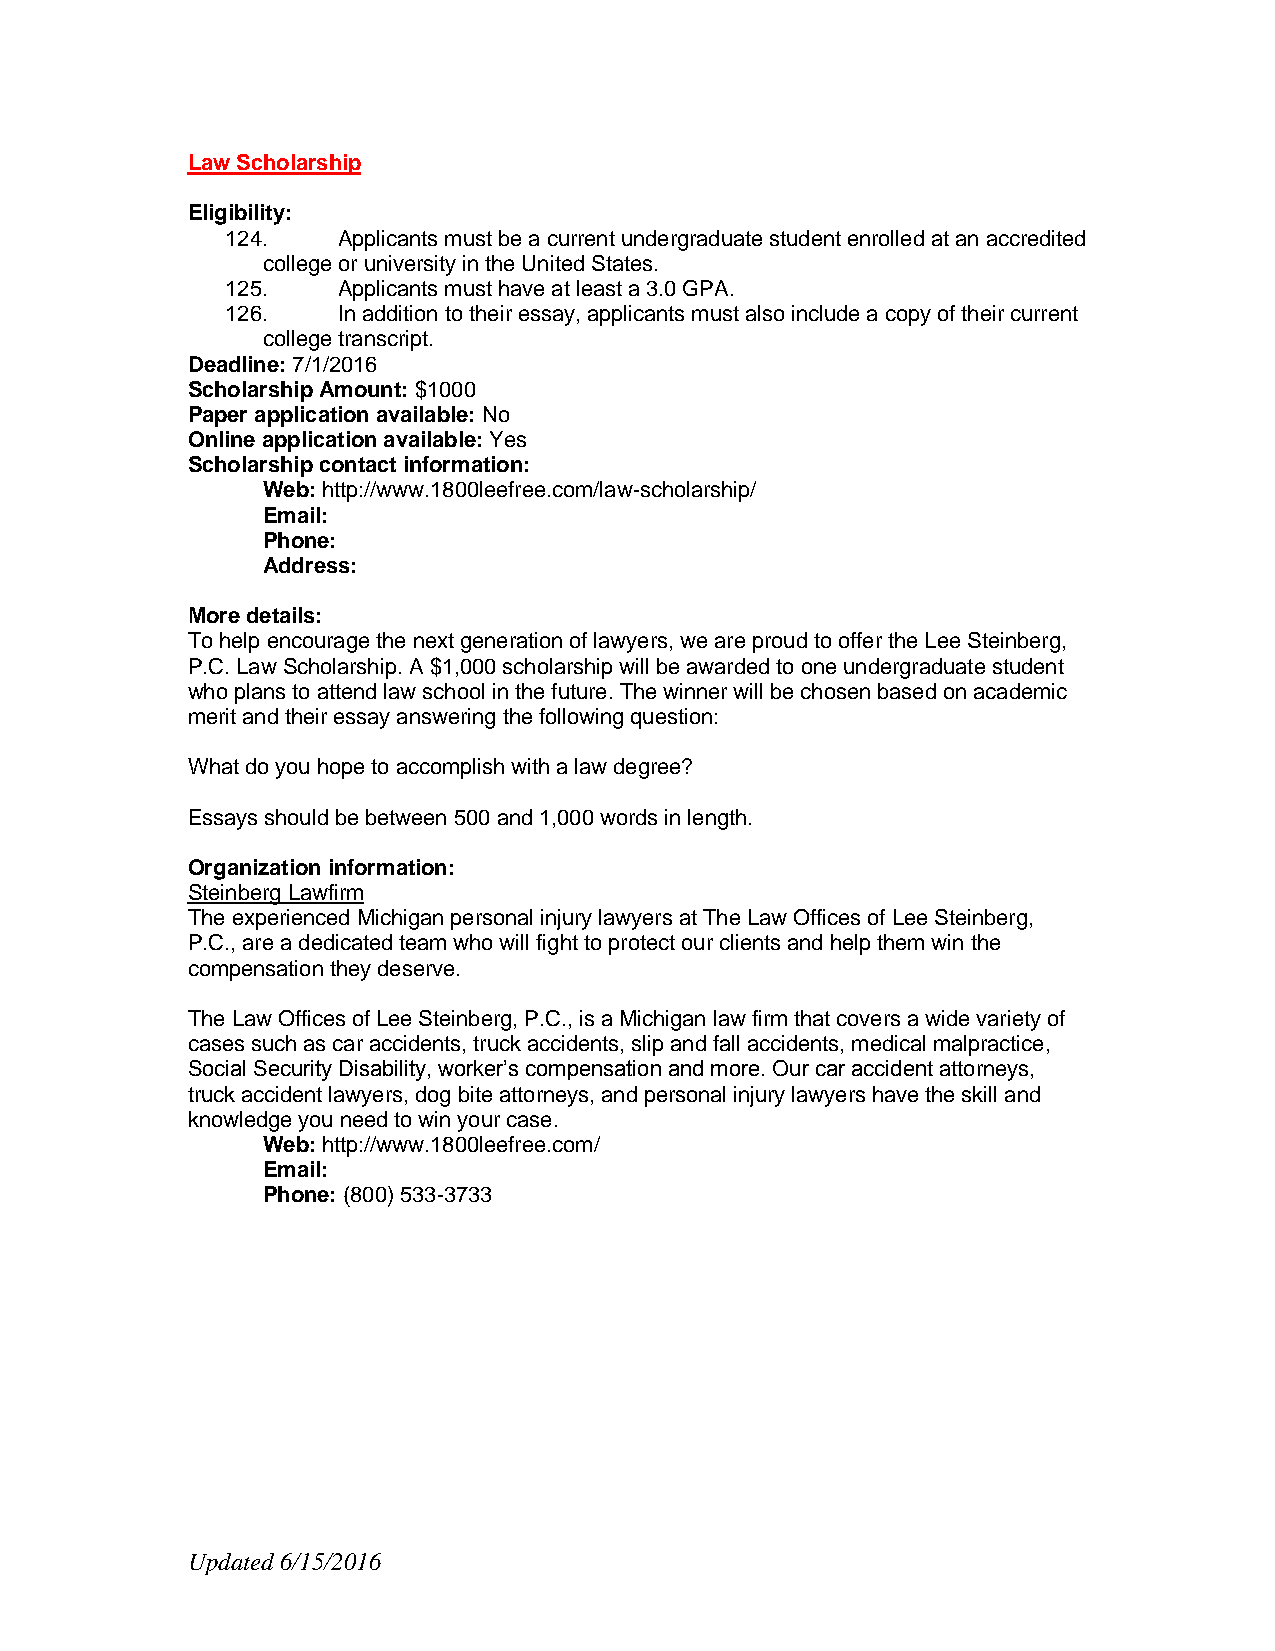
Law Scholarship
 Eligibility:
 124.   Applicants must be a current undergraduate student enrolled at an accredited
 college or university in the United States.
 125.   Applicants must have at least a 3.0 GPA.
 126.   In addition to their essay, applicants must also include a copy of their current
 college transcript.
 Deadline: 7/1/2016
 Scholarship Amount: $1000
 Paper application available: No
 Online application available: Yes
 Scholarship contact information:
 Web: http://www.1800leefree.com/law-scholarship/
 Email:
 Phone:
 Address:
 More details:
 To help encourage the next generation of lawyers, we are proud to offer the Lee Steinberg,
 P.C. Law Scholarship. A $1,000 scholarship will be awarded to one undergraduate student
 who plans to attend law school in the future. The winner will be chosen based on academic
 merit and their essay answering the following question:
 What do you hope to accomplish with a law degree?
 Essays should be between 500 and 1,000 words in length.
 Organization information:
 Steinberg Lawfirm
 The experienced Michigan personal injury lawyers at The Law Offices of Lee Steinberg,
 P.C., are a dedicated team who will fight to protect our clients and help them win the
 compensation they deserve.
 The Law Offices of Lee Steinberg, P.C., is a Michigan law firm that covers a wide variety of
 cases such as car accidents, truck accidents, slip and fall accidents, medical malpractice,
 Social Security Disability, worker’s compensation and more. Our car accident attorneys,
 truck accident lawyers, dog bite attorneys, and personal injury lawyers have the skill and
 knowledge you need to win your case.
 Web: http://www.1800leefree.com/
 Email:
 Phone: (800) 533-3733
 Updated 6/15/2016